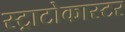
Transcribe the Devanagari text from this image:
स्ट्राटोकास्टर